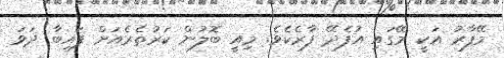
މޭފާރު އަކީ މޭގައި އުފެދޭ ފާރެކެވެ. މިއީ ބޮލުން ކަރުތެރެއަށް ފައިބާ ދަވަ